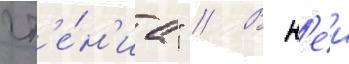
чт'е́н'иа" // В н'еи